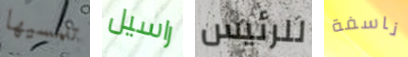
تلمسيها راسيل للرئيس ناسفة